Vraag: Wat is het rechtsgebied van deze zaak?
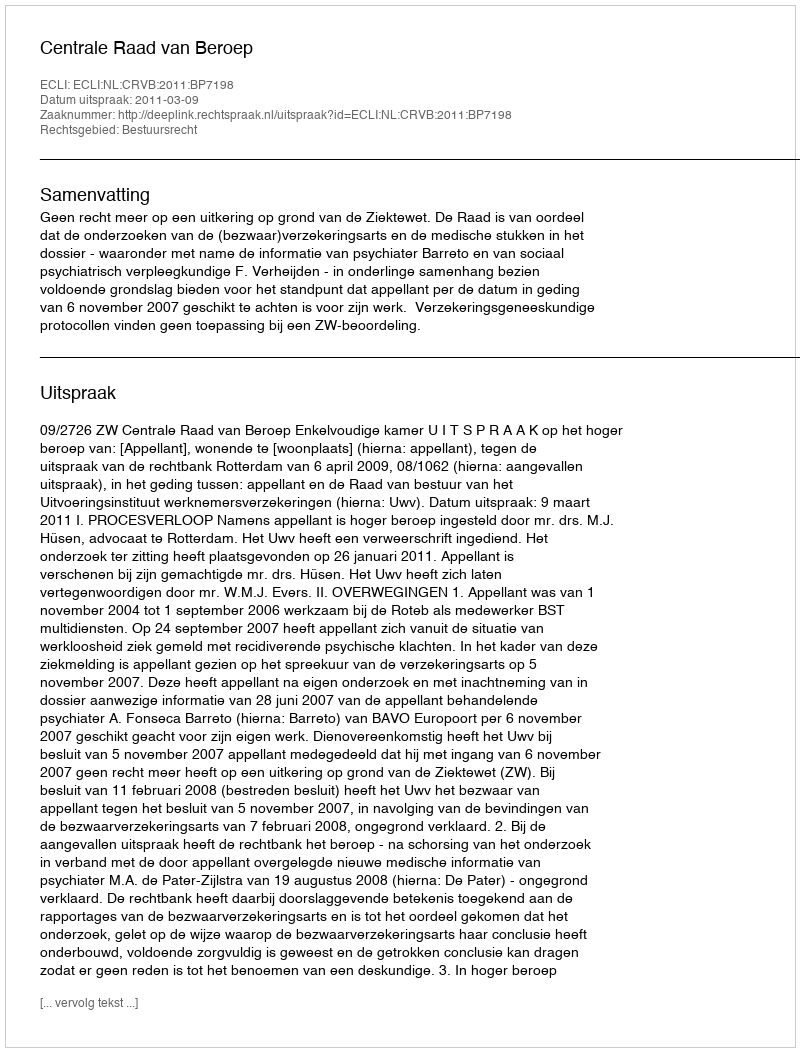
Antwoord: Bestuursrecht